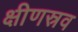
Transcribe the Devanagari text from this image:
क्षीणस्रव